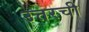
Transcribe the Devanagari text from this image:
उत्तरची